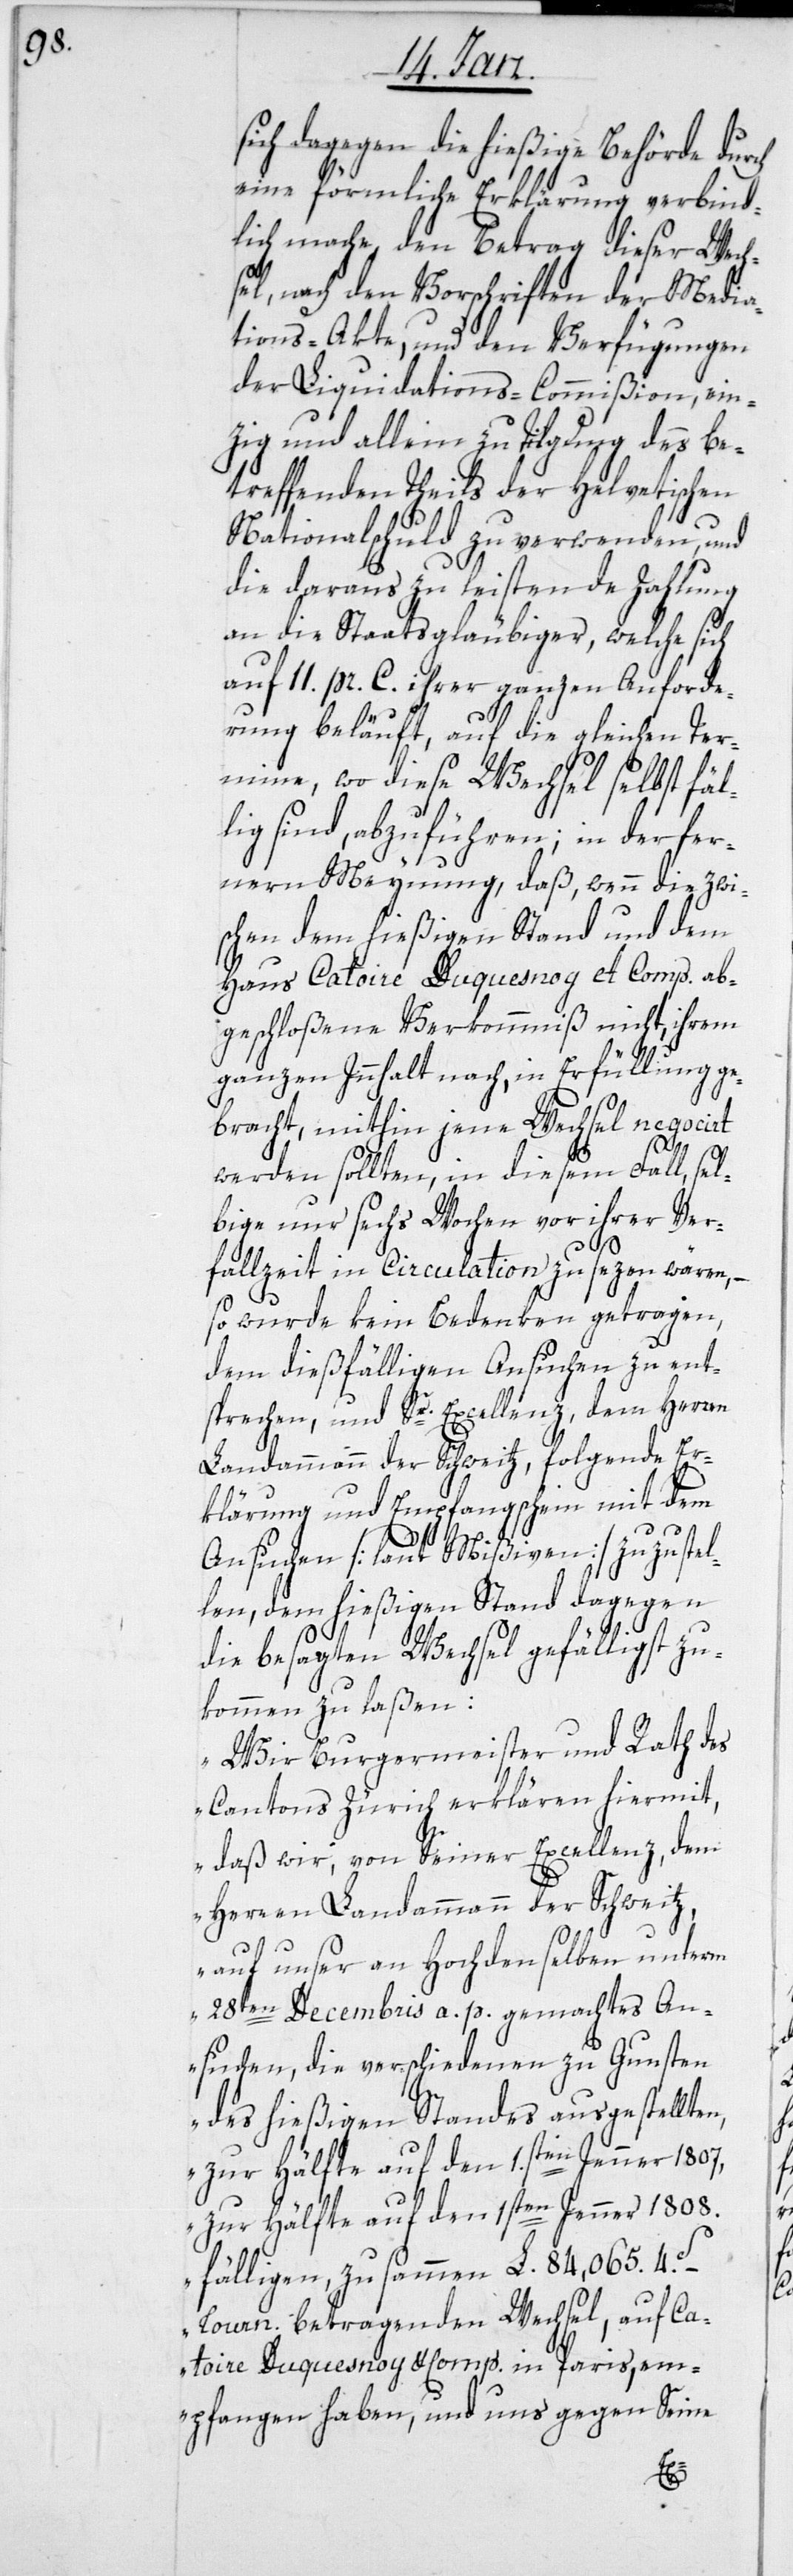
sich dagegen die hießige Behörde durch
eine förmliche Erklärung verbind¬
lich mache, den Betrag dieser Wech¬
sel, nach den Vorschriften der Media¬
tions-Akte, und den Verfügungen
der Liquidations-Commißion, ein¬
zig und allein zu Tilgung des be¬
treffenden Theils der Helvetischen
Nationalschuld zu verwenden, und
die daraus zu leistende Zahlung
an die Staatsgläubiger, welche sich
auf 11 pr. C. ihrer ganzen Anforde¬
rung beläuft, auf die gleichen Ter¬
mine, wo diese Wechsel selbst fäl¬
lig sind, abzuführen; in der fer¬
nern Meynung, daß, wenn die zwi¬
schen dem hießigen Stand und dem
Haus Catoire Duquesnoy et Comp. ab¬
geschloßene Verkommniß nicht, ihrem
ganzen Innhalt nach, in Erfüllung ge¬
bracht, mithin jene Wechsel negocirt
werden sollten, in diesem Fall, sel¬
bige nur sechs Wochen vor ihrer Ver¬
fallzeit in Circulation zu sezen wären, –
so wurde kein Bedenken getragen,
dem dießfälligen Ansuchen zu ent¬
Excellenz, dem Herren
sprechen, und Sr.
Landammann der Schweitz, folgende Er¬
klärung und Empfangschein mit dem
Ansuchen [laut Mißiven] zuzustel¬
len, dem hießigen Stand dagegen
die besagten Wechsel gefälligst zu¬
kommen zu laßen:
„Wir Burgermeister und Rath des
Cantons Zürich erklären hiermit,
daß wir, von Seiner Excellenz, dem
Herren Landammann der Schweitz,
auf unser an Hochdenselben unterm
28sten Decembris a. p. gemachtes An¬
suchen, die verschiedenen zu Gunsten
des hießigen Standes ausgestellt¬
zur Hälfte auf den 1sten Jenner 1807,
zur Hälfte auf den 1.sten Jenner 1808.
fälligen, zusammen L. 84,065. 4.S–
Courn. betragenden Wechsel, auf Ca¬
toire Duquesnoy & Comp. in Paris, em¬
pfangen haben, und uns gegen Seine
en,